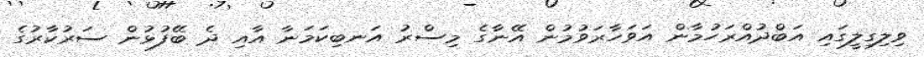
ވިލިގިލީގައި އަބްދުއްރަހުމާން އަވަހާރަވުމުން އޭނާގެ މިސްރު އަނބިކަމަނާ އާއި ދެ ބޭފުޅުން ސަރުކާރުގެ